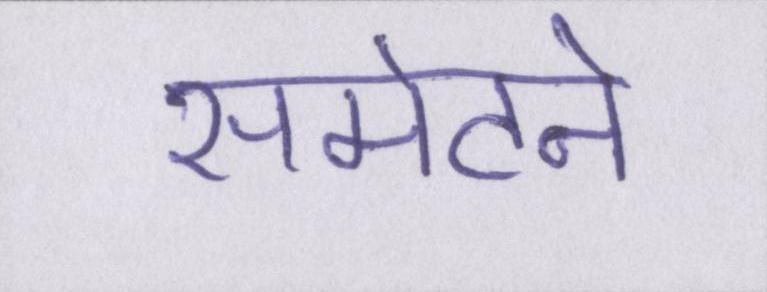
समेटने